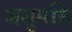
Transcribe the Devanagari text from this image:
जसुमति